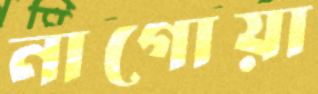
নাগোয়া